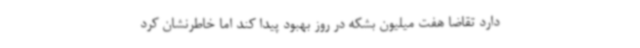
دارد تقاضا هفت میلیون بشکه در روز بهبود پیدا کند اما خاطرنشان کرد